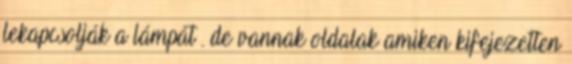
lekapcsolják a lámpát . de vannak oldalak amiken kifejezetten